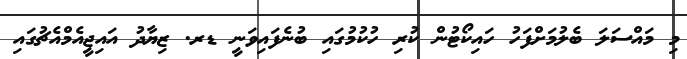
މި މައްސަލަ ބެލުމަށްފަހު ހައިކޯޓުން ކުރި ހުކުމުގައި ބުނެފައިވަނީ ޑރ. ޒިޔާދު އައިޖީއެމްއެޗުގައި